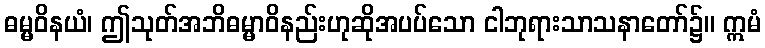
ဓမ္မဝိနယံ၊ ဤသုတ်အဘိဓမ္မာဝိနည်းဟုဆိုအပပ်သော ငါဘုရားသာသနာတော်၌။ ဣမံ